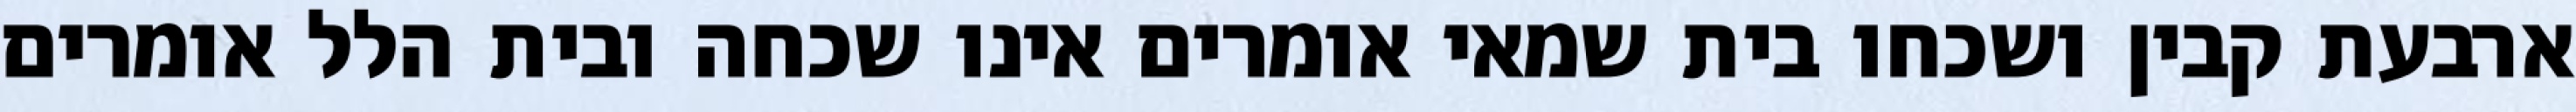
ארבעת קבין ושכחו בית שמאי אומרים אינו שכחה ובית הלל אומרים